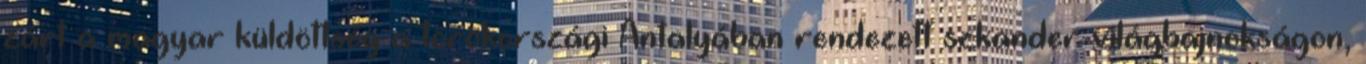
zárt a magyar küldöttség a törökországi Antalyában rendezett szkander-világbajnokságon,